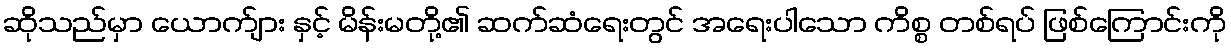
ဆိုသည်မှာ ယောက်ျား နှင့် မိန်းမတို့၏ ဆက်ဆံရေးတွင် အရေးပါသော ကိစ္စ တစ်ရပ် ဖြစ်ကြောင်းကို